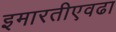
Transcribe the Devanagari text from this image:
इमारतीएवढा